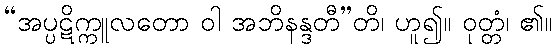
“အပ္ပဋိက္ကူလတော ဝါ အဘိနန္ဒတီ”တိ၊ ဟူ၍။ ဝုတ္တံ၊ ၏။